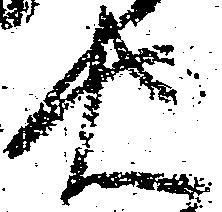
忠